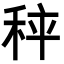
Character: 𥞯